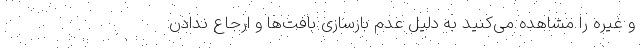
و غیره را مشاهده می‌کنید به دلیل عدم بازسازی بافت‌ها و ارجاع ندادن